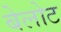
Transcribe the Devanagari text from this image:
बेलोट